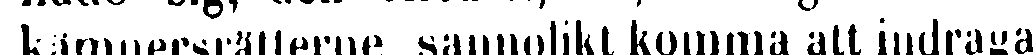
kämnersrätterne sannolikt komma att indragas